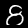
Label: 8